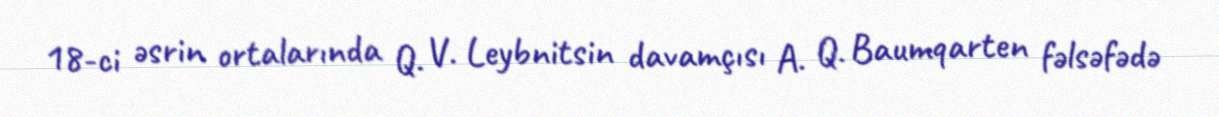
18-ci əsrin ortalarında Q. V. Leybnitsin davamçısı A. Q. Baumqarten fəlsəfədə